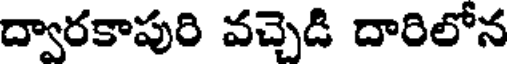
ద్వారకాపురి వచ్చెడి దారిలోన